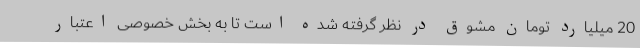
20 میلیارد تومان مشوق‌ در نظر گرفته شده است تا به بخش خصوصی اعتبار